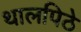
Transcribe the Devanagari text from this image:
थालपिठे